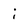
Character: i